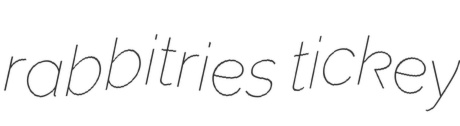
rabbitries tickey